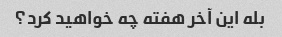
بله این آخر هفته چه خواهید کرد؟